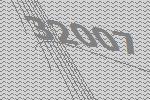
32007